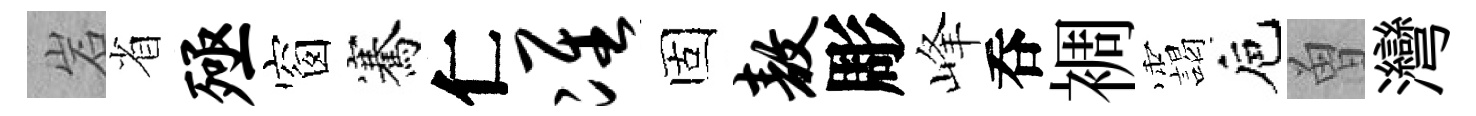
岩省殛窗騫仁准固敖彫峰呑裯靄巵曽灣